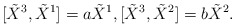
\begin{align*}[\tilde{X}^{3},\tilde{X}^{1}]=a\tilde{X}^{1},[\tilde{X}^{3},\tilde{X}^{2}]=b\tilde{X}^{2}.\end{align*}